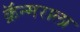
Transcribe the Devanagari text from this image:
क्रॅन्मराला